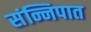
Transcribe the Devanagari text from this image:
संन्निपात